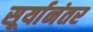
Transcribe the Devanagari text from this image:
सूर्यानंतर